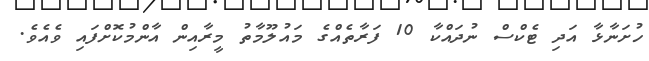
ހުށަނާޅާ އަދި ޓެކްސް ނުދައްކާ 10 ފަރާތެއްގެ މައުލޫމާތު މީރާއިން އާންމުކޮށްފައި ވެއެވެ.